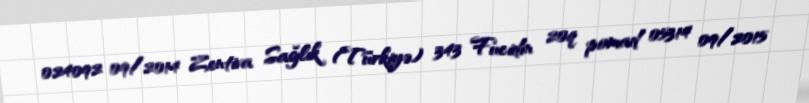
024092 09/2014 Zentiva Sağlık (Türkiyə) 343 Fucidin 20q pomad 05314 09/2015